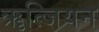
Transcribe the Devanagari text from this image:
ॠत्जियन